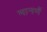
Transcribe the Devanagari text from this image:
मानणें